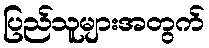
ပြည်သူများအတွက်